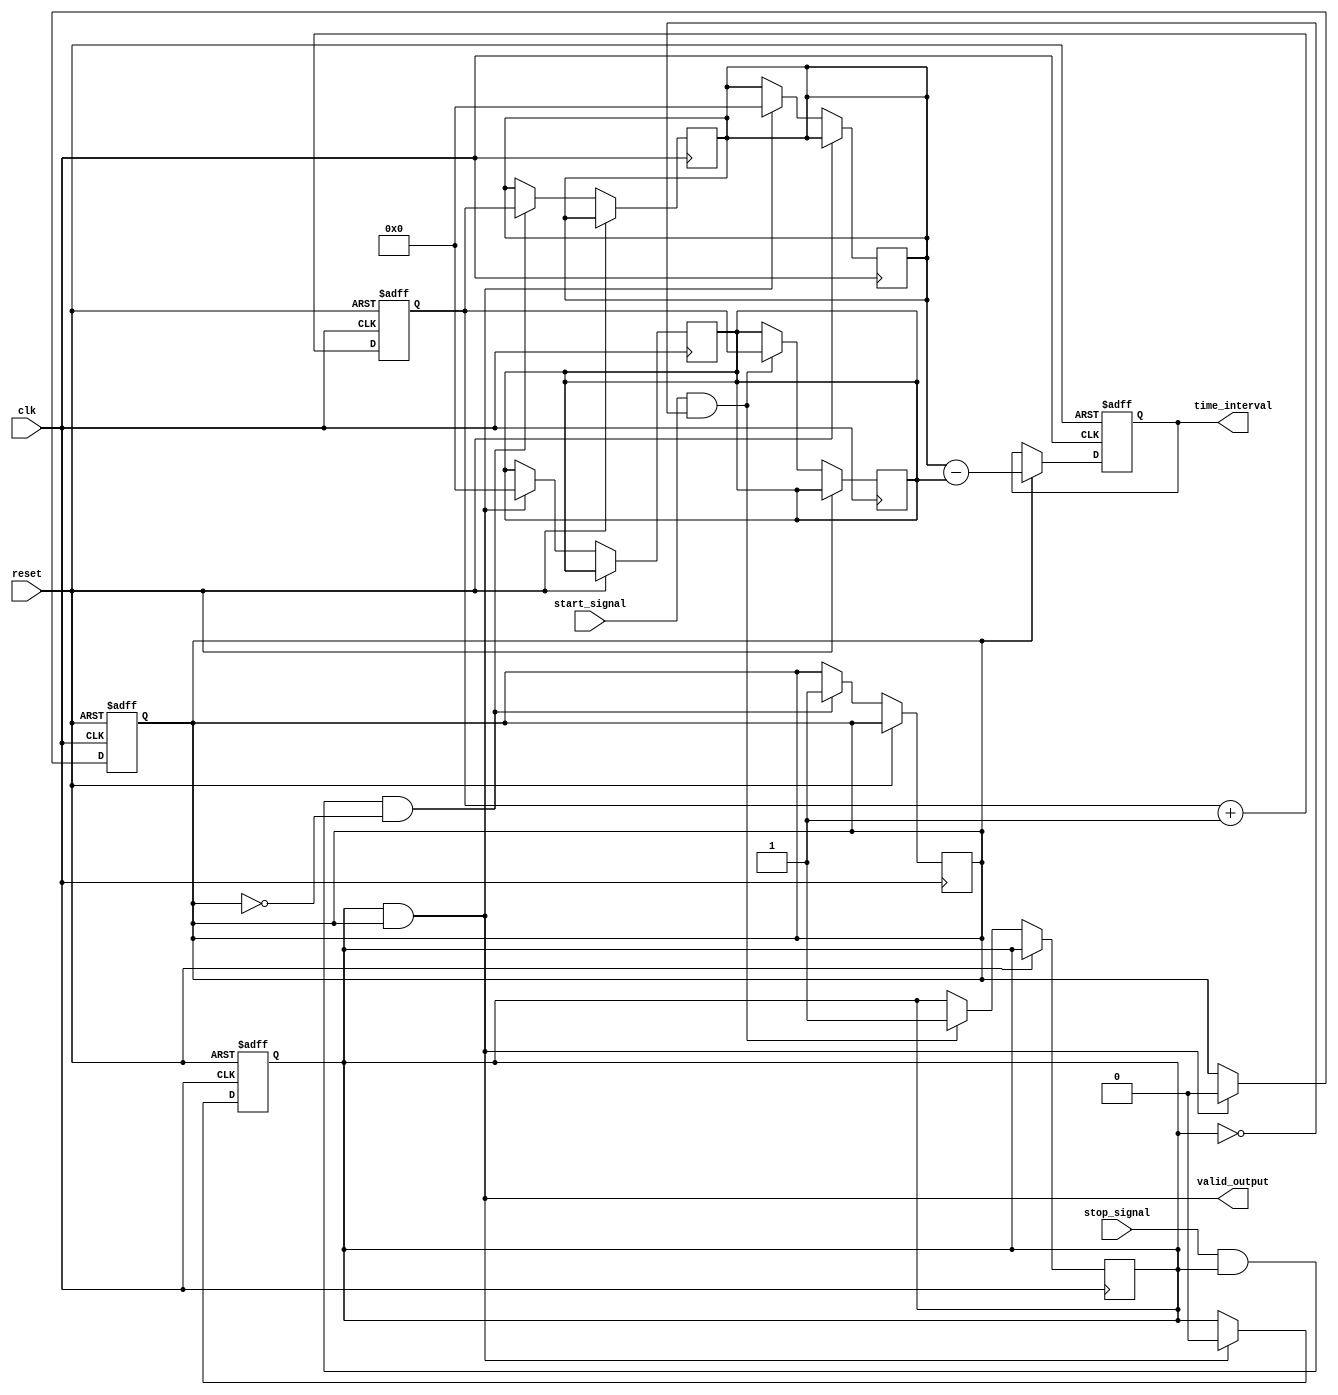
module memory_blocks_hybrid_tdc (
    input wire clk,                  // High-speed clock
    input wire start_signal,         // Start signal
    input wire stop_signal,          // Stop signal
    input wire reset,                // Reset signal
    output wire [31:0] time_interval, // Output for time interval (2^32 - 1 max range)
    output wire valid_output          // Output signal to indicate valid measurements
);

    // Time Measurement Unit (TMU)
    reg [31:0] start_time;           // Start time stamp
    reg [31:0] stop_time;            // Stop time stamp
    reg start_flag;                  // Signal to indicate start event occurred
    reg stop_flag;                   // Signal to indicate stop event occurred

    // 32-bit counter to generate timestamps
    reg [31:0] counter;

    initial begin
        counter = 32'b0;
        start_time = 32'b0;
        stop_time = 32'b0;
        start_flag = 1'b0;
        stop_flag = 1'b0;
    end

    // Counter process
    always @(posedge clk or posedge reset) begin
        if (reset) begin
            counter <= 32'b0;
        end else begin
            counter <= counter + 1;
            // Detect start signal
            if (start_signal && !start_flag) begin
                start_time <= counter;
                start_flag <= 1'b1; // Set start flag
            end
            // Detect stop signal
            if (stop_signal && start_flag && !stop_flag) begin
                stop_time <= counter;
                stop_flag <= 1'b1; // Set stop flag
            end
        end
    end

    // Digital Processing Unit (DPU): Time Difference Calculation
    reg [31:0] time_diff;
    always @(posedge clk or posedge reset) begin
        if (reset) begin
            time_diff <= 32'b0;
        end else if (stop_flag) begin
            time_diff <= stop_time - start_time; // Calculate the time interval
        end
    end

    // Output Logic
    assign time_interval = time_diff; // Output time interval
    assign valid_output = start_flag && stop_flag; // Indicate valid output

    // Reset flags
    always @(posedge clk or posedge reset) begin
        if (reset) begin
            start_flag <= 1'b0;
            stop_flag <= 1'b0;
        end else if (valid_output) begin
            start_flag <= 1'b0; // Reset flags for next measurement
            stop_flag <= 1'b0;
            start_time <= 32'b0;
            stop_time <= 32'b0;
        end
    end

endmodule